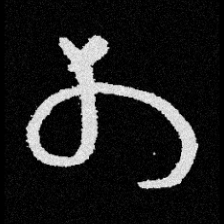
Pyu character \u2014 Myanmar letter: တ (romanized: ta)